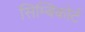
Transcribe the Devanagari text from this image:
सिम्बिकोर्ट